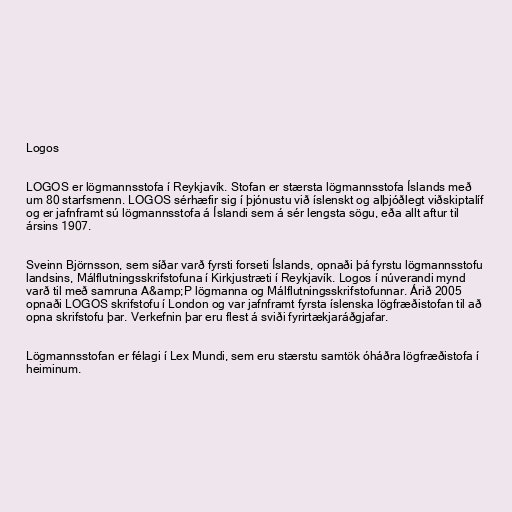
Logos

LOGOS er lögmannsstofa í Reykjavík. Stofan er stærsta lögmannsstofa Íslands með
um 80 starfsmenn. LOGOS sérhæfir sig í þjónustu við íslenskt og alþjóðlegt viðskiptalíf
og er jafnframt sú lögmannsstofa á Íslandi sem á sér lengsta sögu, eða allt aftur til
ársins 1907.

Sveinn Björnsson, sem síðar varð fyrsti forseti Íslands, opnaði þá fyrstu lögmannsstofu
landsins, Málflutningsskrifstofuna í Kirkjustræti í Reykjavík. Logos í núverandi mynd
varð til með samruna A&amp;P lögmanna og Málflutningsskrifstofunnar. Árið 2005
opnaði LOGOS skrifstofu í London og var jafnframt fyrsta íslenska lögfræðistofan til að
opna skrifstofu þar. Verkefnin þar eru flest á sviði fyrirtækjaráðgjafar.

Lögmannsstofan er félagi í Lex Mundi, sem eru stærstu samtök óháðra lögfræðistofa í
heiminum.